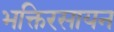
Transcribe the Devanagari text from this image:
भक्तिरसायन